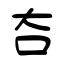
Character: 夻